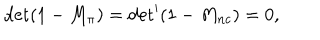
{ \det ( 1 - M _ { \pi } ) = { \det } ^ { \prime } ( 1 - M _ { n c } ) = 0 , }